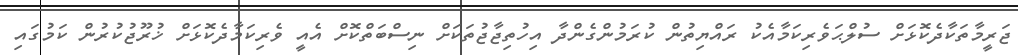
ޖަރީމާތަކާދެކޮޅަށް ސުލްޙަވެރިކަމާއެކު ރައްޔިތުން ކުރަމުންގެންދާ އިހުތިޖާޖުތަކަށް ނިސްބަތްކޮށް އެއީ ވެރިކަމާދެކޮޅަށް ޚުރޫޖުކުރުން ކަމުގައި